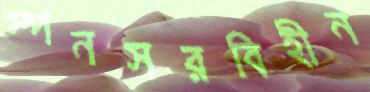
স্পনসরবিহীন